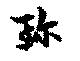
珎